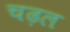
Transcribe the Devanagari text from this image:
चढ़ल